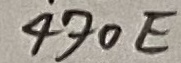
Text: 470E